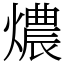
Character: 燶